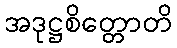
အဒုဋ္ဌစိတ္တောတိ